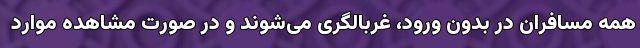
همه مسافران در بدون ورود، غربالگری می‌شوند و در صورت مشاهده موارد